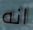
انه